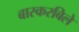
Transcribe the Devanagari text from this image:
बास्करबिले